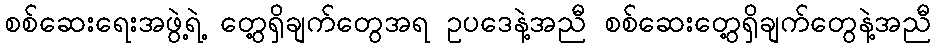
စစ်ဆေးရေးအဖွဲ့ရဲ့ တွေ့ရှိချက်တွေအရ ဥပဒေနဲ့အညီ စစ်ဆေးတွေ့ရှိချက်တွေနဲ့အညီ